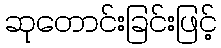
ဆုတောင်းခြင်းဖြင့်